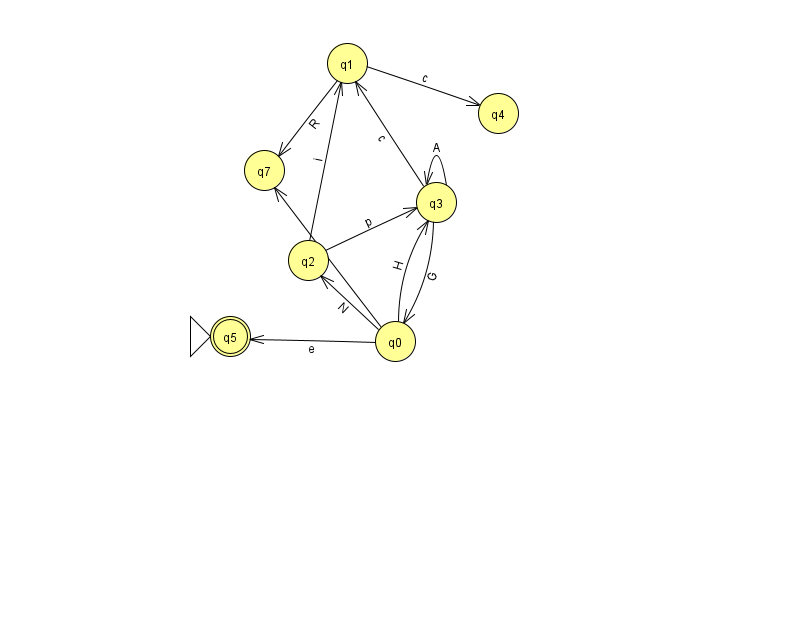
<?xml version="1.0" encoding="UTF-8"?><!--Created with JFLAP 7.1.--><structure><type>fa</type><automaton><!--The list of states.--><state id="0" name="q0"><x>395.0</x><y>328.0</y></state><state id="1" name="q1"><x>347.0</x><y>50.0</y></state><state id="2" name="q2"><x>308.0</x><y>247.0</y></state><state id="3" name="q3"><x>436.0</x><y>189.0</y></state><state id="4" name="q4"><x>498.0</x><y>100.0</y></state><state id="5" name="q5"><x>230.0</x><y>323.0</y><initial/><final/></state><state id="7" name="q7"><x>264.0</x><y>157.0</y></state><!--The list of transitions.--><transition><from>0</from><to>2</to><read>N</read></transition><transition><from>3</from><to>1</to><read>c</read></transition><transition><from>3</from><to>3</to><read>A</read></transition><transition><from>0</from><to>7</to><read>j</read></transition><transition><from>2</from><to>3</to><read>p</read></transition><transition><from>0</from><to>3</to><read>H</read></transition><transition><from>1</from><to>7</to><read>R</read></transition><transition><from>0</from><to>5</to><read>e</read></transition><transition><from>2</from><to>1</to><read>i</read></transition><transition><from>1</from><to>4</to><read>c</read></transition><transition><from>3</from><to>0</to><read>G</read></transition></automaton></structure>